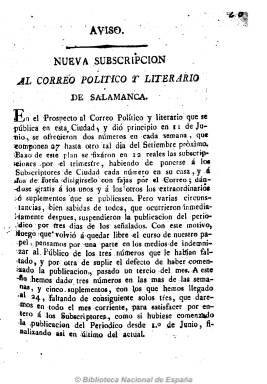
Título: Correo político y literario de Salamanca
Colección: Periódicos anteriores a 1850
Ámbito geográfico: Salamanca
Lugar de publicación: Salamanca
Fechas: 01/08/1808-08/10/1808

Se trata de uno de los muchos periódicos “patrióticos” que aparecen en España en la Guerra de Independencia. Empezó a publicarse el 11 de junio de 1808 dos veces a la semana, impreso con Real Privilegio en la Imprenta de Toxar. En el mes de julio no debió publicar tres números, quizá debido a las circunstancias de la guerra y, desde el uno de septiembre, se publica los martes, jueves y sábados. El número 44 es el último conocido, correspondiente al 8 de octubre, y debió desaparecer a finales de 1808 con la entrada de las tropas francesas en la ciudad.

Sus páginas se ocupan de difundir “los ambiciosos y detestables proyectos de Napoleón” y las proclamas  y propaganda de los “patriotas”.

Los ejemplares son de ocho páginas, siendo la numeración continuada. Publicó, asimismo, suplementos, y el ejemplar del 11 de junio se imprimió también en Cádiz. Entre sus colaboradores aparece D.M.L. Garrido. En la biblioteca virtual de la Real Academia de Jurisprudencia y Legislación existe un papel de cuatro páginas, fechado el 12 de agosto de 1808, con el título Al redactor del correo político y literario de Salamanca, firmado por Verídico de Santa Cruz.